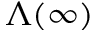
\Lambda ( \infty )